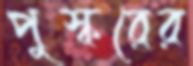
পুস্করের